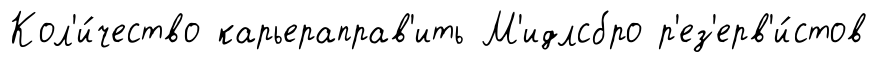
Кол'и́чество карьераправ'ить М'идлсбро р'ез'ерв'и́стов